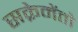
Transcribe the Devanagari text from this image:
सक्रेमेंतो